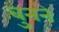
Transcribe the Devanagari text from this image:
बुुनने